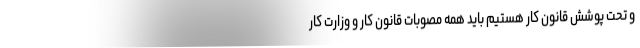
و تحت پوشش قانون کار هستیم باید همه مصوبات قانون کار و وزارت کار